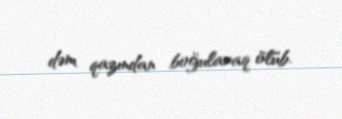
dəm qazından boğularaq ölüb.